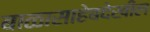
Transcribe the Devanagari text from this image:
बाळासाहेबदेखील